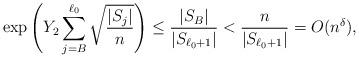
LaTeX: \begin{align*}\exp\left(Y_2\sum_{j=B}^{\ell_0}\sqrt{\frac{|S_j|}{n}}\right)\le \frac{|S_B|}{|S_{\ell_0+1}|}< \frac{n}{|S_{\ell_0+1}|}=O(n^{\delta}),\end{align*}